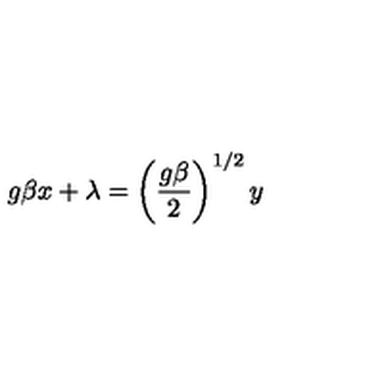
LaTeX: g \beta x + \lambda = \left( { \frac { g \beta } 2 } \right) ^ { 1 / 2 } y